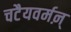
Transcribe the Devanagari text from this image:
चटैयवर्मऩ्